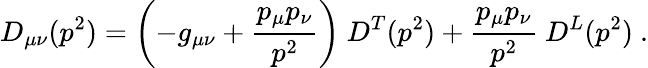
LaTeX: D_{\mu\nu}(p^{2})=\left(-g_{\mu\nu}+\frac{p_{\mu}p_{\nu}}{p^{2}}\right)\ D^{T}(p^{2})+\frac{p_{\mu}p_{\nu}}{p^{2}}\ D^{L}(p^{2})\ .